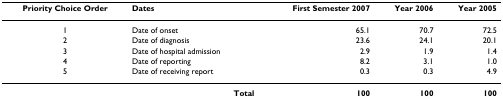
<table><thead><tr><td><b>Priority Choice Order</b></td><td><b>Dates</b></td><td><b>First Semester 2007</b></td><td><b>Year 2006</b></td><td><b>Year 2005</b></td></tr></thead><tbody><tr><td>1</td><td>Date of onset</td><td>65.1</td><td>70.7</td><td>72.5</td></tr><tr><td>2</td><td>Date of diagnosis</td><td>23.6</td><td>24.1</td><td>20.1</td></tr><tr><td>3</td><td>Date of hospital admission</td><td>2.9</td><td>1.9</td><td>1.4</td></tr><tr><td>4</td><td>Date of reporting</td><td>8.2</td><td>3.1</td><td>1.0</td></tr><tr><td>5</td><td>Date of receiving report</td><td>0.3</td><td>0.3</td><td>4.9</td></tr><tr><td></td><td><b>Total</b></td><td><b>100</b></td><td><b>100</b></td><td><b>100</b></td></tr></tbody></table>